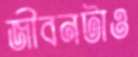
জীবনটাও